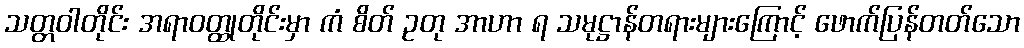
သတ္တဝါတိုင်း အရာဝတ္ထုတိုင်းမှာ ကံ စိတ် ဥတု အာဟာ ရ သမုဋ္ဌာန်တရားများကြောင့် ဖောက်ပြန်တတ်သော